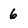
Character: 6